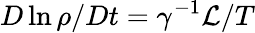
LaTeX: D\ln\rho/Dt=\gamma^{-1}\mathcal{L}/T